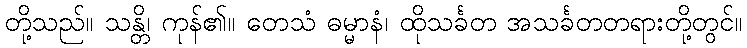
တို့သည်။ သန္တိ၊ ကုန်၏။ တေသံ ဓမ္မာနံ၊ ထိုသင်္ခတ အသင်္ခတတရားတို့တွင်။